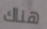
هناك